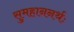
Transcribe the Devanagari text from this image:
सुमहाननर्थः